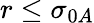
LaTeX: r\le\sigma_{0A}